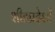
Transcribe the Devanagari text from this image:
शीतप्रदेशों